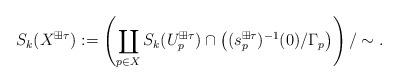
LaTeX: \begin{align*}S_k(X^{\boxplus\tau}) :=\left(\coprod_{p\in X} S_k(U_p^{\boxplus\tau}) \cap\left((s_p^{\boxplus\tau})^{-1}(0)/\Gamma_{p}\right)\right) /\sim.\end{align*}